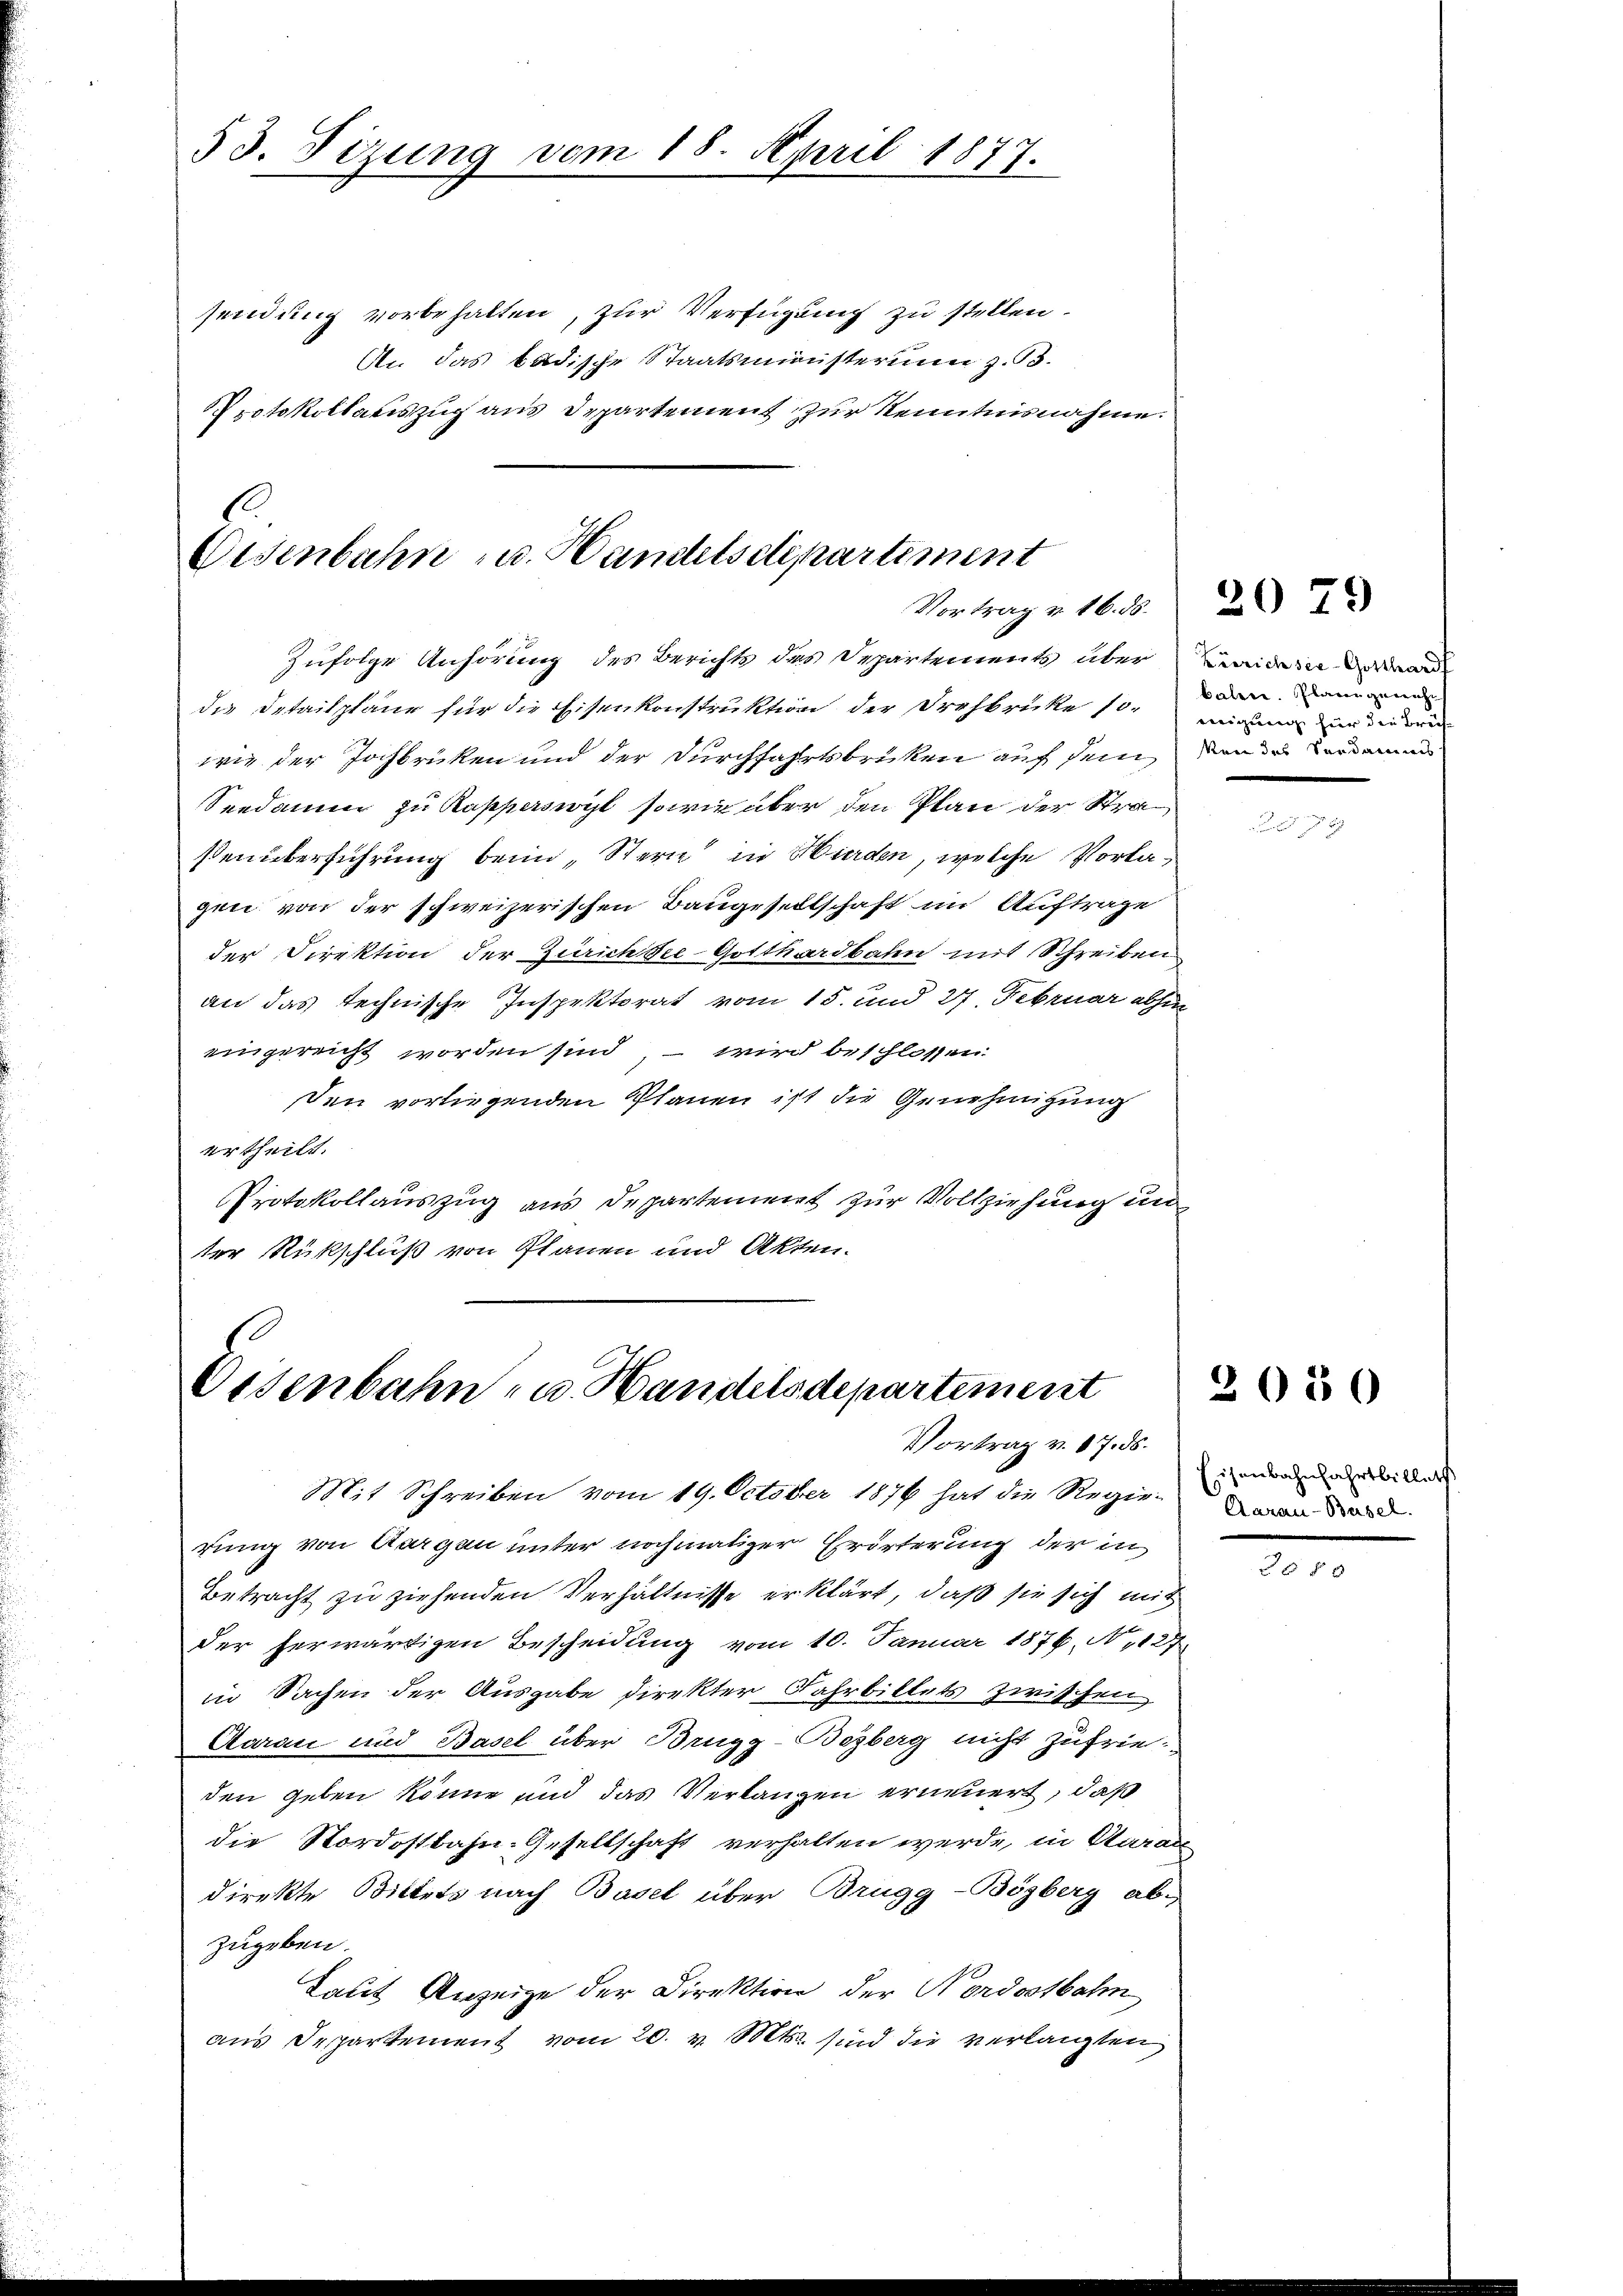
53. Sitzung vom 18. April 1877.

sendung vorbehalten, zur Verfügung zu stellen.
An das badische Staatsministerium z. 53.
Protokollauszug aus Departement zur Kenntnisnahme.

.
Eisenbahn u. Handelsdepartiment
Vortrag v. 16. ds.

Zufolge Anhörung des Berichts des Departements über in
des Detailpläne für die Eisenkonstruktion der Drehbrücke sowie der Jochbrücken und der Durchfahrtsbricken auf dem
Seedame zu Rapperswyl, sowie über den Plan der Strastenüberführung beim Stern in Wurden, welche Vorlagen von der schweizerischen Baugesellschaft im Auftrage
der Direktion der Zürichtie-Gotthardbahn mit Schreiben
an das technische Inspektorat vom 15. und 27. Februar abhin
eingereicht worden sind, – wird beschlossen:
den vorliegenden Planen ist die Genehmigung
ertheilt.
Protokollauszug aus Departement zur Vollziehung unter Rückschluß von Planen und Akten.

Disenbahn- u. Handelsdepartement
Vortrag v. 87. ds.

Mit Schreiben vom 19. October 1876 hat die Regierung von Aargau unter nochmaliger Erörterung der in
Betracht zu ziehenden Verhältnisse erklärt, daß sie sich mit
der herwärtigen Bescheidung vom 10. Januar 1876, N. 1127
in Sachen der Ausgabe direkter Fahrbittets zwischen
Aarau und Basel über Brugg-Bezberg nicht zufrie-
den geben könne und das Verlangen erneuert, daß
die Nordostbahn-Gesellschaft verhalten werde, in Aarau
direkte Bittels nach Basel über Brugg-Bögberg ab-
zugeben.
kaut Anzeige der Direktion der Nordostbahn
aus Departement vom 20. v. Mts. sind die verlangten

balen. Planen gericht
inigung für die Breisven des Sondamms

2079

Eisenbahnfahrtbillet
Aarau-Basel.

2050